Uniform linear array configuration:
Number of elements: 16
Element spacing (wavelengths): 0.75
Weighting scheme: uniform
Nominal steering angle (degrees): -60
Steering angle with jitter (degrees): -58.866
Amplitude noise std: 0.05
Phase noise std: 0.05

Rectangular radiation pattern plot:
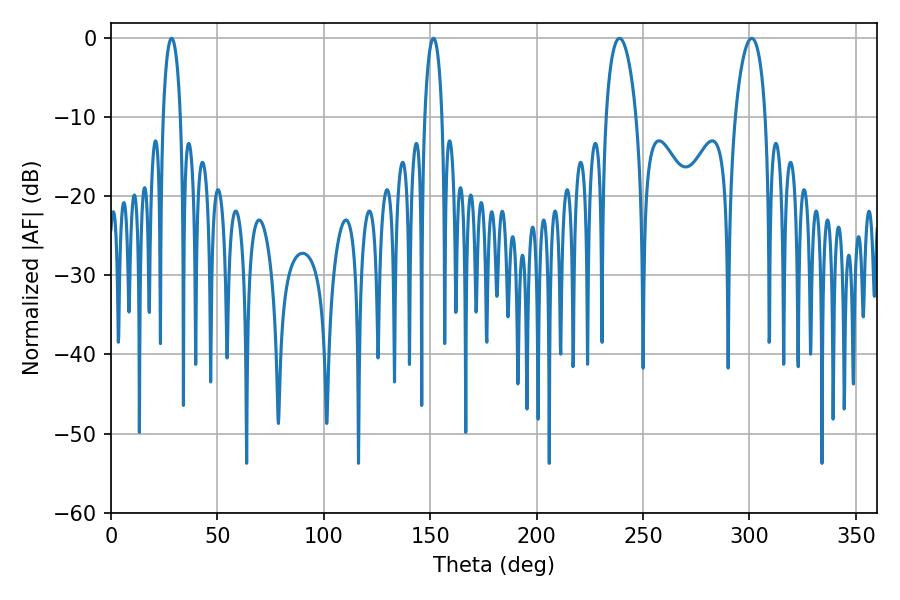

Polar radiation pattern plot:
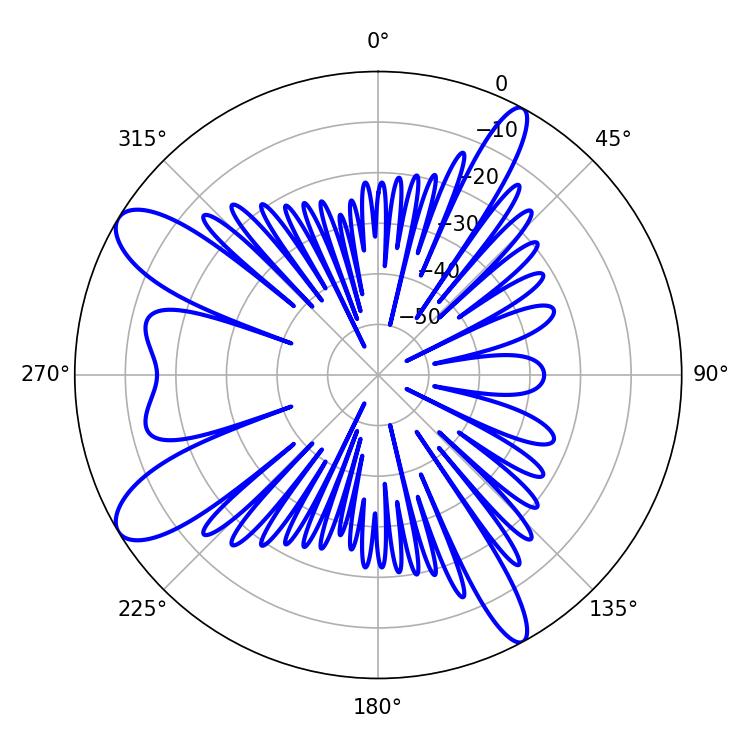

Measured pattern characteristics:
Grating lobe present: TRUE
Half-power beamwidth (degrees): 4.68
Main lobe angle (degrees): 151.56